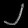
Digit: ၂